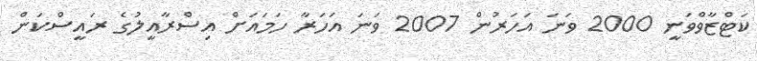
ކަޓްޒާވްވަނީ 2000 ވަނަ އަހަރުން 2007 ވަނަ އަހަރާ ހަމައަށް އިސްރާއީލުގެ ރައީސްކަން